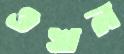
ওখন